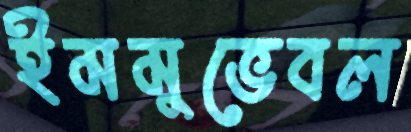
ইমমুভেবল